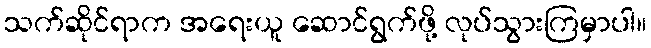
သက်ဆိုင်ရာက အရေးယူ ဆောင်ရွက်ဖို့ လုပ်သွားကြမှာပါ။